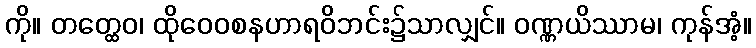
ကို။ တတ္ထေဝ၊ ထိုဝေဝစနဟာရဝိဘင်း၌သာလျှင်။ ဝဏ္ဏယိဿာမ၊ ကုန်အံ့။